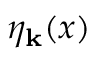
\eta _ { \bf k } ( x )